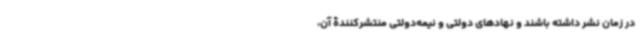
در زمان نشر داشته باشند و نهادهای دولتی و نیمه‌دولتی منتشرکنندۀ آن،